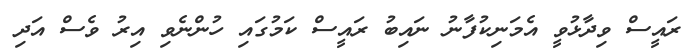
ރައީސް ވިދާޅުވީ އެމަނިކުފާނު ނައިބު ރައީސް ކަމުގައި ހުންނެވި އިރު ވެސް އަދި